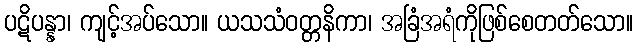
ပဋိပန္နာ၊ ကျင့်အပ်သော။ ယသသံဝတ္တနိကာ၊ အခြံအရံကိုဖြစ်စေတတ်သော။